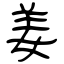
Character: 姜